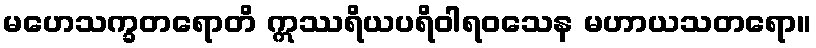
မဟေသက္ခတရောတိ ဣဿရိယပရိဝါရဝသေန မဟာယသတရော။